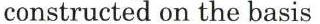
constructed on the basis